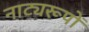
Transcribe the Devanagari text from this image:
नाट्यरूपों